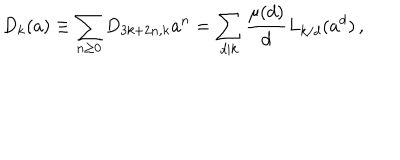
D _ { k } ( a ) \equiv \sum _ { n \ge 0 } D _ { 3 k + 2 n , k } a ^ { n } = \sum _ { d | k } \frac { \mu ( d ) } { d } L _ { k / d } ( a ^ { d } ) \, ,